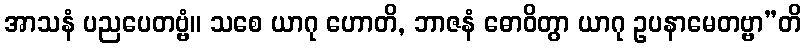
အာသနံ ပညပေတဗ္ဗံ။ သစေ ယာဂု ဟောတိ, ဘာဇနံ ဓောဝိတွာ ယာဂု ဥပနာမေတဗ္ဗာ”တိ